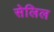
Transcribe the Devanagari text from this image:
सेलिल